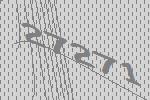
27271